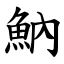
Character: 魶